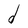
Character: d